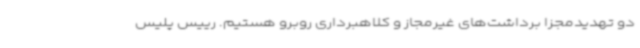
دو تهدیدمجزا برداشت‌های غیرمجاز و کلاهبرداری روبرو هستیم. رییس پلیس